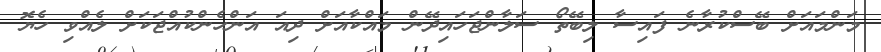
މަންމައަށް ބޭސްކުރާނެ ފައިސާ ލިބޭތޯ ސަލާންޖަހައިދޭން މައްކާއަށް ދިއަ އަންހެންކުއްޖަކަށް ލެއްވި ހެޔޮ